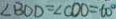
\angle B O D = \angle C D O = 6 0 ^ { \circ }